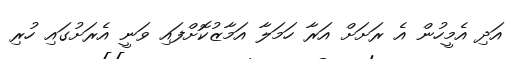
އަދި އެމީހުން އެ ރަށަށް އަރާ ހަމަލާ އަމާޒުކޮށްފައި ވަނީ އެރަށުގައި ހުރި